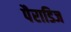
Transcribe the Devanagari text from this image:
पैराडिज